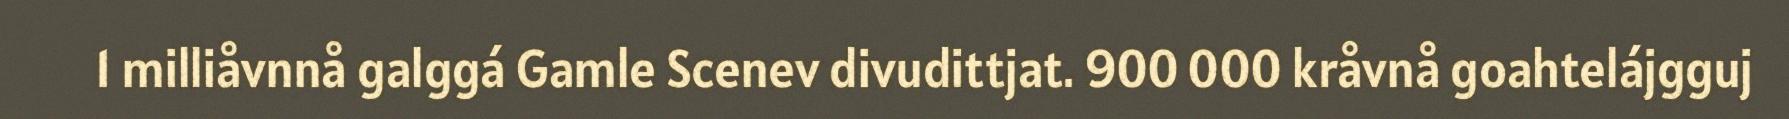
1 milliåvnnå galggá Gamle Scenev divudittjat. 900 000 kråvnå goahtelájgguj